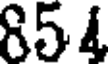
854